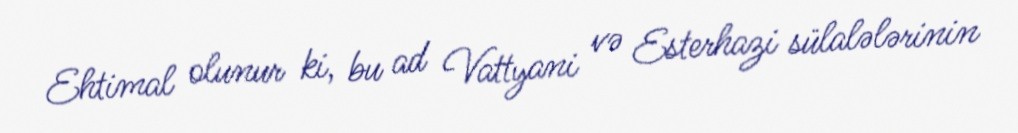
Ehtimal olunur ki, bu ad Vattyani və Esterhazi sülalələrinin